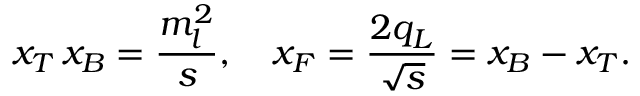
x _ { T } \, x _ { B } = \frac { m _ { l } ^ { 2 } } { s } , \quad x _ { F } = \frac { 2 q _ { L } } { \sqrt { s } } = x _ { B } - x _ { T } .